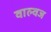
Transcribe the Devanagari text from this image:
वाल्वज